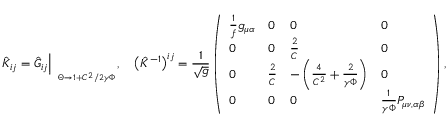
\hat { K } _ { i j } = \hat { G } _ { i j } \Big | _ { \phantom { p } _ { \Theta \to 1 + C ^ { 2 } / 2 \gamma \Phi } } , \quad \bigl ( \hat { K } ^ { - 1 } \bigr ) ^ { i j } = { \frac { 1 } { \sqrt g } } \left( \begin{array} { l l l l } { { { \frac { 1 } { f } } g _ { \mu \alpha } } } & { { 0 } } & { { 0 } } & { { 0 } } \\ { { 0 } } & { { 0 } } & { { { \frac { 2 } { C } } } } & { { 0 } } \\ { { 0 } } & { { { \frac { 2 } { C } } } } & { { - \left( { \frac { 4 } { C ^ { 2 } } } + { \frac { 2 } { \gamma \Phi } } \right) } } & { { 0 } } \\ { { 0 } } & { { 0 } } & { { 0 } } & { { { \frac { 1 } { \gamma \Phi } } P _ { \mu \nu , \alpha \beta } } } \end{array} \right) ,